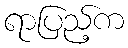
ရာပြည့်က